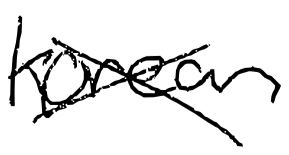
Text: Korean
Cross-out: cross
Writing tool: digital_black